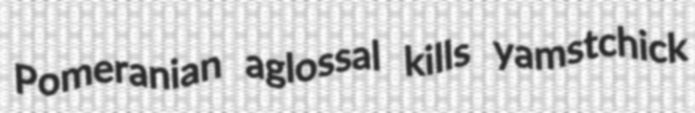
Pomeranian aglossal kills yamstchick